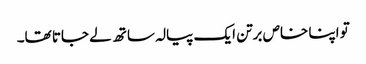
تو اپنا خاص برتن ایک پیالہ ساتھ لے جاتا تھا۔